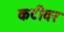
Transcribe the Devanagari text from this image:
कटीवर